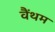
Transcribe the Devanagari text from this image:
वैंथम